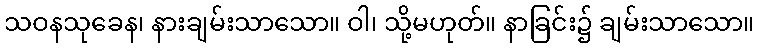
သဝနသုခေန၊ နားချမ်းသာသော။ ဝါ၊ သို့မဟုတ်။ နာခြင်း၌ ချမ်းသာသော။